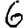
Digit: 6